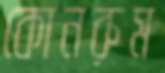
কোনরুম